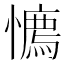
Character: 𢢘